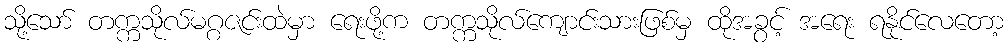
သို့သော် တက္ကသိုလ်မဂ္ဂဇင်းထဲမှာ ရေးဖို့က တက္ကသိုလ်ကျောင်းသားဖြစ်မှ ထိုအခွင့် အရေး ရနိုင်လေတော့